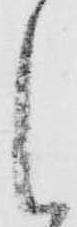
候